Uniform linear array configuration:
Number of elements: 48
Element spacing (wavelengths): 0.5
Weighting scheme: blackman
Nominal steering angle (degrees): -60
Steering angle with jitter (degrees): -58.688
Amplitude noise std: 0.05
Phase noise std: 0.05

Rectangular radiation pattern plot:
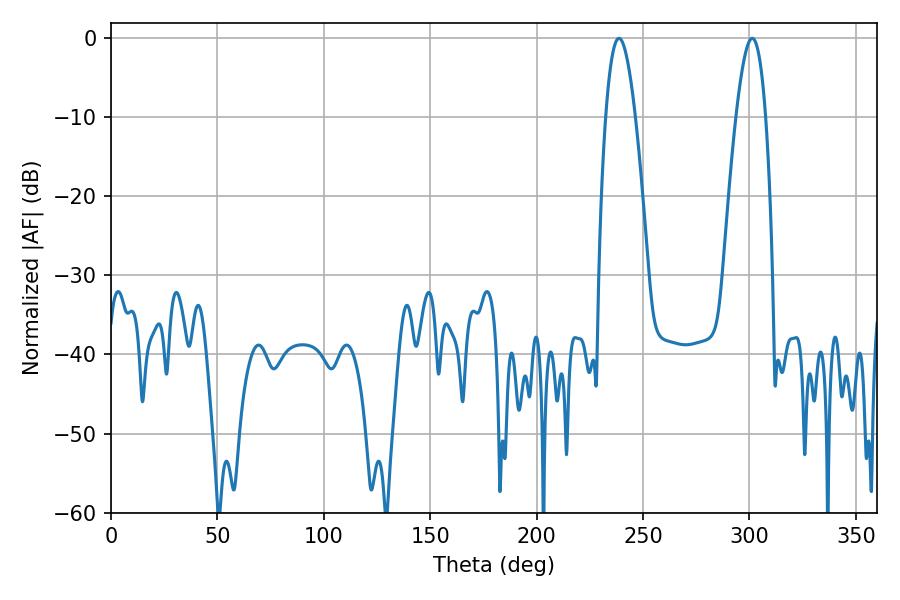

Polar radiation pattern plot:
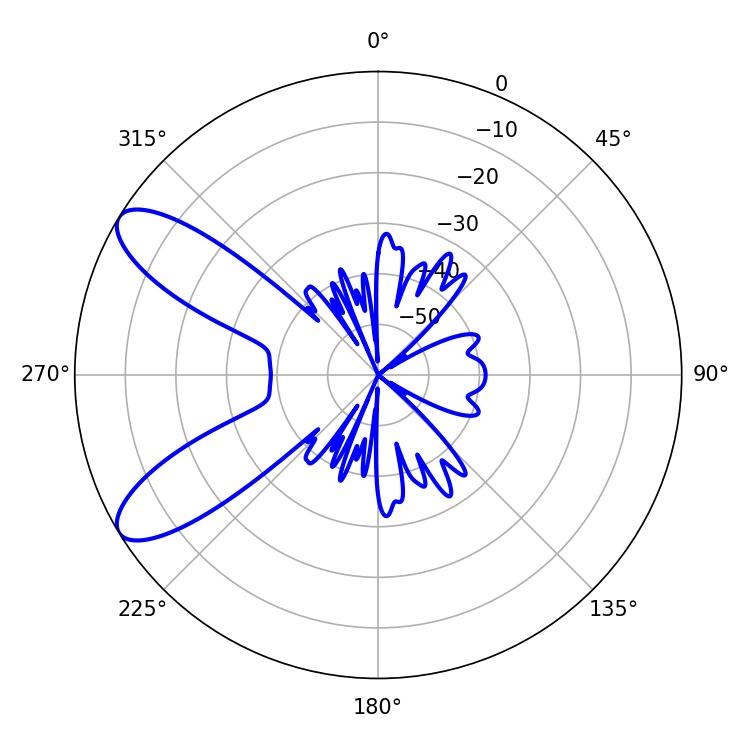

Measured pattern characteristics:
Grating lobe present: FALSE
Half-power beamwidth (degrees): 7.56
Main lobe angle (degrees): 238.68